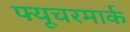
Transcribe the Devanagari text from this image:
फ्यूचरमार्क